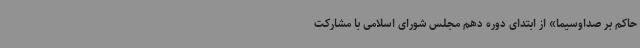
حاکم بر صداوسیما» از ابتدای دوره دهم مجلس شورای اسلامی با مشارکت